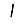
Digit: 1